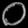
Digit: ၀